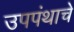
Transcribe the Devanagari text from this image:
उपपंथाचे